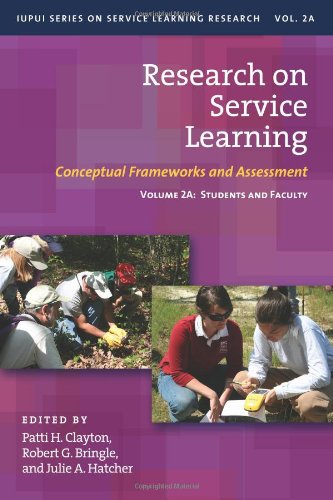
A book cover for Research on Service Learning: Conceptual Frameworks and Assessments (IUPUI Series on Service Learning Research); Business & Money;